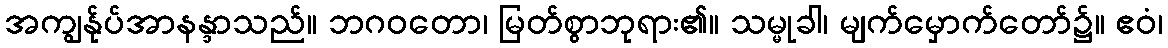
အကျွန်ုပ်အာနန္ဒာသည်။ ဘဂဝတော၊ မြတ်စွာဘုရား၏။ သမ္မုခါ၊ မျက်မှောက်တော်၌။ ဧဝံ၊